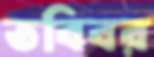
তবিবর